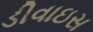
ડીવાઇસ